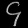
Digit: ၄